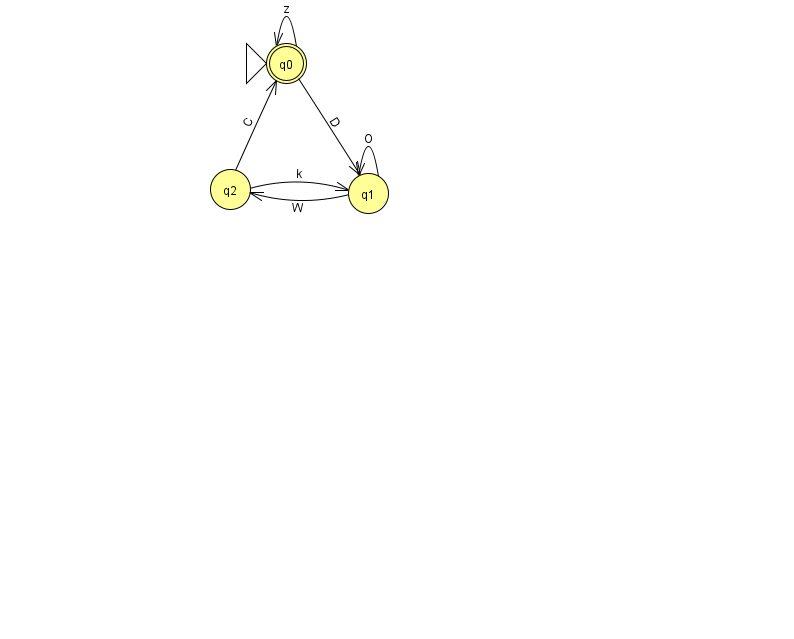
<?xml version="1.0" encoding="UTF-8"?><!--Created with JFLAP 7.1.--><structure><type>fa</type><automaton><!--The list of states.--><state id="0" name="q0"><x>286.0</x><y>50.0</y><initial/><final/></state><state id="1" name="q1"><x>368.0</x><y>180.0</y></state><state id="2" name="q2"><x>230.0</x><y>176.0</y></state><!--The list of transitions.--><transition><from>1</from><to>2</to><read>W</read></transition><transition><from>0</from><to>0</to><read>z</read></transition><transition><from>0</from><to>1</to><read>D</read></transition><transition><from>2</from><to>0</to><read>C</read></transition><transition><from>2</from><to>1</to><read>k</read></transition><transition><from>1</from><to>1</to><read>O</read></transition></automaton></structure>